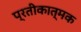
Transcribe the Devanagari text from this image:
प्रतीकात्‍मक